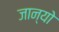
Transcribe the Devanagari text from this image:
जान्यो